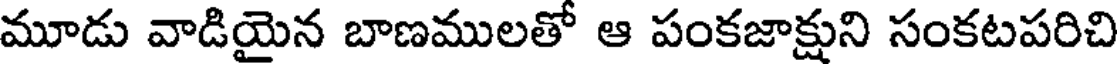
మూడు వాడియైన బాణములతో ఆ పంకజాక్షుని సంకటపరిచి